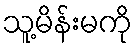
သူ့မိန်းမကို